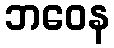
ဘဝေန